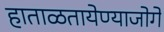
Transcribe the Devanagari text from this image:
हाताळतायेण्याजोगे